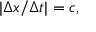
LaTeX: | \Delta x / \Delta t | = c ,